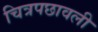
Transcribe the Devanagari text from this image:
चित्रपछावली